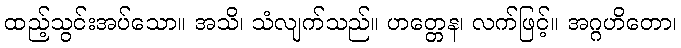
ထည့်သွင်းအပ်သော။ အသိ၊ သံလျက်သည်။ ဟတ္တေန၊ လက်ဖြင့်။ အဂ္ဂဟိတော၊